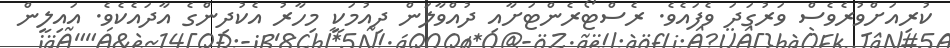
ކުރިއަށްވުރެވެސް ވަރުގަދަ ވެފައެވެ. ރެސްޓޯރެންޓަށާއި ދުއްވާލަން ދިއުމަކީ މިހާރު އެކުދިންގެ އާދައެކެވެ. އައިލީން